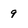
Character: 9